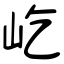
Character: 屹